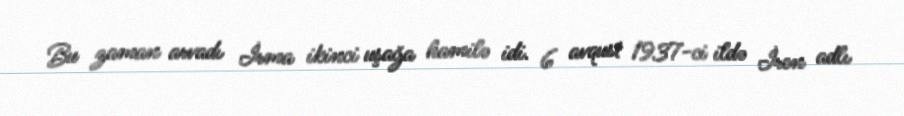
Bu zaman arvadı İrma ikinci uşağa hamilə idi. 6 avqust 1937-ci ildə İren adlı